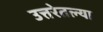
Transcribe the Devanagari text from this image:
उत्तरेतल्या